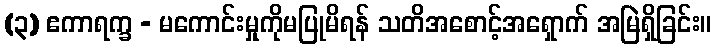
(၃) ဧကာရက္ခ - မကောင်းမှုကိုမပြုမိရန် သတိအစောင့်အရှောက် အမြဲရှိခြင်း။